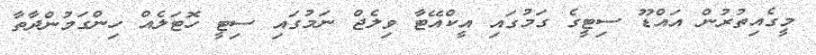
މީގެއިތުރުން އައްޑޫ ސިޓީގެ ގަމުގައި އީކްއޭޓާ ވިލެޖް ނަމުގައި ސިޓީ ހޮޓަލެއް ހިންގަމުންދާތާ